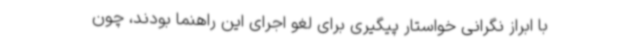
با ابراز نگرانی خواستار پیگیری برای لغو اجرای این راهنما بودند، چون